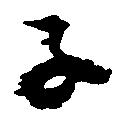
子